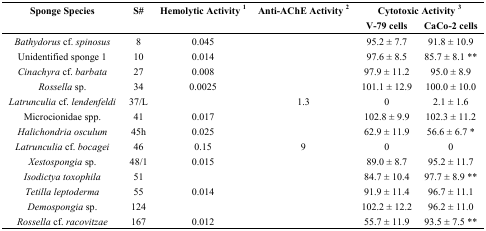
<table><thead><tr><td><b>Sponge Species</b></td><td><b>S#</b></td><td><b>Hemolytic Activity <sup>1</sup></b></td><td><b>Anti-AChE Activity <sup>2</sup></b></td><td colspan="2"><b>Cytotoxic Activity <sup>3</sup></b></td></tr><tr><td></td><td></td><td></td><td></td><td><b>V-79 cells</b></td><td><b>CaCo-2 cells</b></td></tr></thead><tbody><tr><td><i>Bathydorus</i> cf. <i>spinosus</i></td><td>8</td><td>0.045</td><td></td><td>95.2 ± 7.7</td><td>91.8 ± 10.9</td></tr><tr><td>Unidentified sponge 1</td><td>10</td><td>0.014</td><td></td><td>97.6 ± 8.5</td><td>85.7 ± 8.1 **</td></tr><tr><td><i>Cinachyra</i> cf. <i>barbata</i></td><td>27</td><td>0.008</td><td></td><td>97.9 ± 11.2</td><td>95.0 ± 8.9</td></tr><tr><td><i>Rossella</i> sp.</td><td>34</td><td>0.0025</td><td></td><td>101.1 ± 12.9</td><td>100.0 ± 10.0</td></tr><tr><td><i>Latrunculia</i> cf. <i>lendenfeldi</i></td><td>37/L</td><td></td><td>1.3</td><td>0</td><td>2.1 ± 1.6</td></tr><tr><td>Microcionidae spp.</td><td>41</td><td>0.017</td><td></td><td>102.8 ± 9.9</td><td>102.3 ± 11.2</td></tr><tr><td><i>Halichondria osculum</i></td><td>45h</td><td>0.025</td><td></td><td>62.9 ± 11.9</td><td>56.6 ± 6.7 *</td></tr><tr><td><i>Latrunculia</i> cf. <i>bocagei</i></td><td>46</td><td>0.15</td><td>9</td><td>0</td><td>0</td></tr><tr><td><i>Xestospongia</i> sp.</td><td>48/1</td><td>0.015</td><td></td><td>89.0 ± 8.7</td><td>95.2 ± 11.7</td></tr><tr><td><i>Isodictya toxophila</i></td><td>51</td><td></td><td></td><td>84.7 ± 10.4</td><td>97.7 ± 8.9 **</td></tr><tr><td><i>Tetilla leptoderma</i></td><td>55</td><td>0.014</td><td></td><td>91.9 ± 11.4</td><td>96.7 ± 11.1</td></tr><tr><td><i>Demospongia</i> sp.</td><td>124</td><td></td><td></td><td>102.2 ± 12.2</td><td>96.2 ± 11.0</td></tr><tr><td><i>Rossella</i> cf. <i>racovitzae</i></td><td>167</td><td>0.012</td><td></td><td>55.7 ± 11.9</td><td>93.5 ± 7.5 **</td></tr></tbody></table>